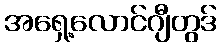
အရှေ့လောင်ဂျီတွဒ်